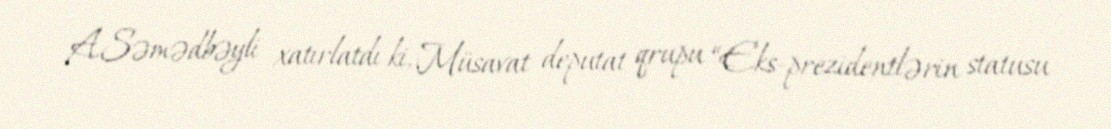
A.Səmədbəyli xatırlatdı ki, Müsavat deputat qrupu “Eks-prezidentlərin statusu